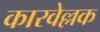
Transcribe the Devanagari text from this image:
कारवेल्लक